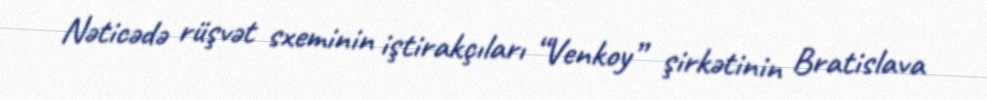
Nəticədə rüşvət sxeminin iştirakçıları “Venkoy” şirkətinin Bratislava